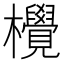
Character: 𪴤